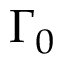
\Gamma _ { 0 }